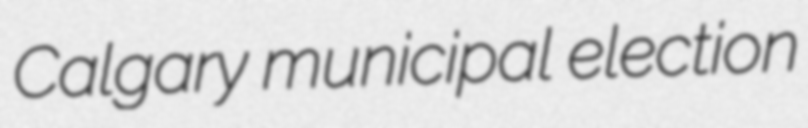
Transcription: Calgary municipal election